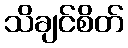
သိချင်စိတ်